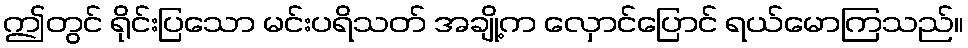
ဤတွင် ရိုင်းပြသော မင်းပရိသတ် အချို့က လှောင်ပြောင် ရယ်မောကြသည်။